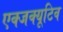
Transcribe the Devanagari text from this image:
एक्जक्यूटिव